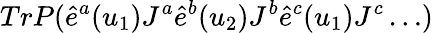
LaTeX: TrP(\hat{e}^{a}(u_{1})J^{a}\hat{e}^{b}(u_{2})J^{b}\hat{e}^{c}(u_{1})J^{c}\dots)